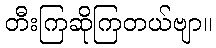
တီးကြဆိုကြတယ်ဗျာ။